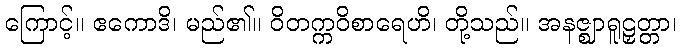
ကြောင့်။ ဧကောဒိ၊ မည်၏။ ဝိတက္ကဝိစာရေဟိ၊ တို့သည်။ အနဇ္ဈာရူဠှတ္တာ၊